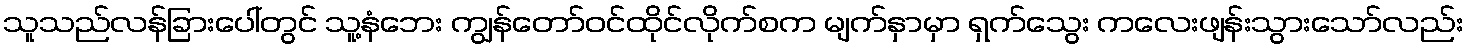
သူသည်လန်ခြားပေါ်တွင် သူ့နံဘေး ကျွန်တော်ဝင်ထိုင်လိုက်စက မျက်နှာမှာ ရှက်သွေး ကလေးဖျန်းသွားသော်လည်း